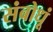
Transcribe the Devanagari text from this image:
संबोधूं